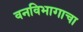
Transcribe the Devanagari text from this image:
वनविभागाचा